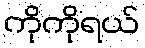
ကိုကိုရယ်